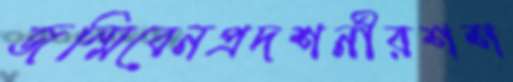
জন্মিবেনপ্রদশর্নীরশশ